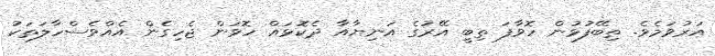
އަރުވަމެވެ. ތިބޭފުޅުން ހޮވާފަ ތިބީ އޭރުގެ އަނިޔާއާ ދެކޮޅައް ހޮވަން ޖެހިގެން އެއްވެސްހާލަތަކު